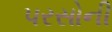
પરસોની